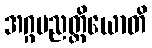
အဂ္ဂပညတ္တိယောတိ